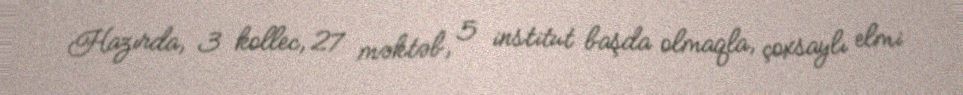
Hazırda, 3 kollec, 27 məktəb, 5 institut başda olmaqla, çoxsaylı elmi